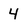
Character: 4